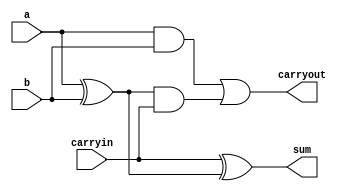
module fa(a , b , carryin , sum , carryout);

input a,b,carryin;
output sum,carryout;
wire w1,w2,w3;

xor x1 ( w1 , a ,b ) ;
and a1 ( w2 , a , b ) ;
xor x2 ( sum , carryin , w1 );
and a2 ( w3 , w1 , carryin );
or  o3 ( carryout , w2 ,w3 );

endmodule